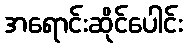
အရောင်းဆိုင်ပေါင်း